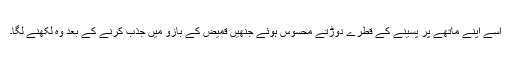
اُسے اپنے ماتھے پر پسینے کے قطرے دوڑتے محسوس ہوئے جنھیں قمیض کے بازو میں جذب کرنے کے بعد وہ لکھنے لگا۔